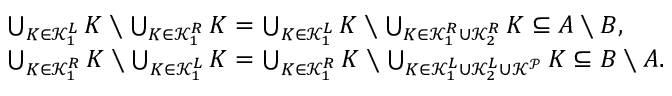
\begin{array} { r l } & { \bigcup _ { K \in \mathcal { K } _ { 1 } ^ { L } } K \setminus \bigcup _ { K \in \mathcal { K } _ { 1 } ^ { R } } K = \bigcup _ { K \in \mathcal { K } _ { 1 } ^ { L } } K \setminus \bigcup _ { K \in \mathcal { K } _ { 1 } ^ { R } \cup \mathcal { K } _ { 2 } ^ { R } } K \subseteq A \setminus B , } \\ & { \bigcup _ { K \in \mathcal { K } _ { 1 } ^ { R } } K \setminus \bigcup _ { K \in \mathcal { K } _ { 1 } ^ { L } } K = \bigcup _ { K \in \mathcal { K } _ { 1 } ^ { R } } K \setminus \bigcup _ { K \in \mathcal { K } _ { 1 } ^ { L } \cup \mathcal { K } _ { 2 } ^ { L } \cup \mathcal { K } ^ { \mathcal { P } } } K \subseteq B \setminus A . } \end{array}